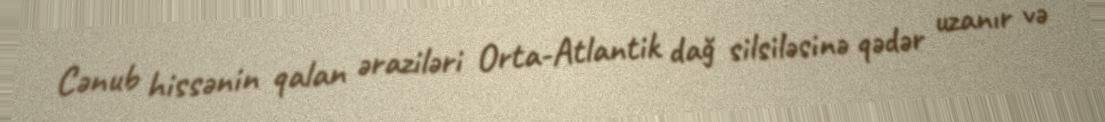
Cənub hissənin qalan əraziləri Orta-Atlantik dağ silsiləsinə qədər uzanır və